Vaccine operations Central Provinces 1886-1899 - 1886-1899
Year: 1886
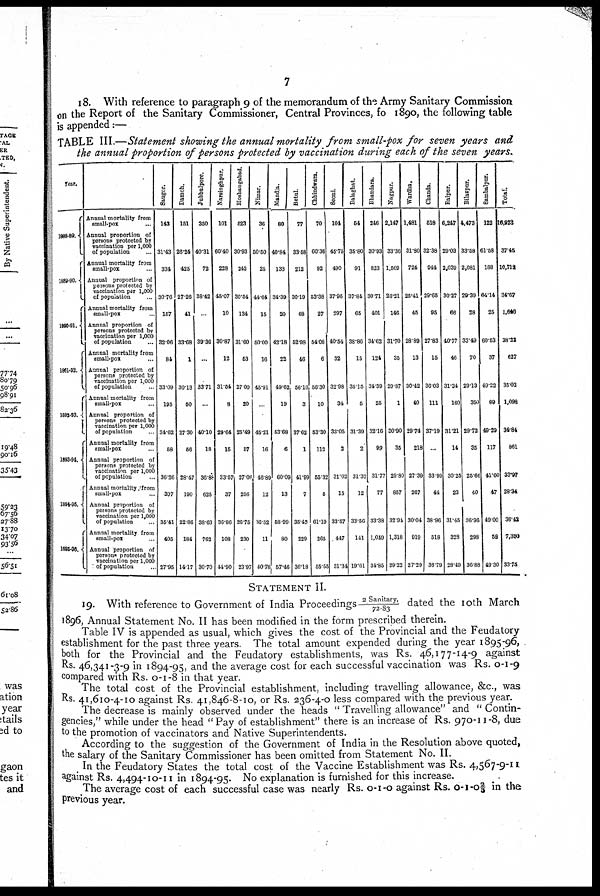
7
18. With reference to paragraph 9 of the memorandum of the Army Sanitary Commission
on the Report of the Sanitary Commissioner, Central Provinces, fo 1890, the following table
is appended:—
TABLE III.—Statement showing the annual mortality from small-pox for seven years and
the annual proportion of persons protected by vaccination during each of the seven years.
Year.
1888-89.
1889-90.
1890-91.
1891-92.
1891-93.
1893-94.
1894-95.
1895-96.
Annual mortality from
small-pox ...
Annual proportion of
persons protected by
vaccination per 1,000
of population ...
Annual mortality from
small-pox ...
Annual proportion of
persons protected by
vaccination par 1,000
of population ...
Annual mortality from
small-pox ...
Annual proportion of
persons protected by
vaccination per 1,000
of population ...
Annual mortality from
small-pox ...
Annual proportion of
persons protected by
vaccination per 1,000
of population ...
Annual mortality from
small-pox ...
Annual proportion of
persons protected by
vaccination per 1,000
of population ...
Annual mortality from
small-pox ...
Annual proportion of
persons protected by
vaccination per 1,000
of population ...
Annual mortality from
small-pox ...
Annual proportion of
persons protected by
vaccination per 1,000
of population ...
Annual mortality from
small-pox ...
Annual proportion of
persons protected by
vaccination per 1,000
of population ...
Sangor.
143
31.43
334
30.76
157
32.06
84
33.09
195
34.62
58
36.26
307
35.41
405
27.95
Damoh.
151
26.24
425
27.26
41
33.68
1
30.13
50
27.30
56
28.17
190
22.86
184
14.17
Jubbulpore.
350
40.31
72
38.42
...
39.36
...
33.71
...
40.10
18
30.88
625
38.63
762
30.70
Narsinghpur.
101
60.40
228
45.07
10
30.87
12
31.54
8
29.64
15
33.57
37
36.86
108
44.90
Hoshangabad.
523
30.93
242
30.54
134
31.60
53
27.00
20
25.49
57
27.06
256
26.75
230
23.97
Nimar.
36
50.50
25
44.64
15
50.00
16
45.91
...
45.21
16
46.89
12
36.52
11
40.78
Mandla.
80
40.84
133
34.39
20
42.18
22
49.62
19
53.68
6
60.09
13
58.99
80
57.46
Betul.
77
33.58
212
30.19
68
52.98
46
56.16
3
37.62
1
41.99
7
35.42
229
36.18
Chhindwara.
70
60.36
92
53.38
27
54.08
6
56.30
10
53.30
112
55.32
5
61.19
265
55.55
Seoni.
104
45.75
490
37.95
297
40.54
32
32.98
34
33.05
2
31.02
15
33.57
447
31.34
Balaghat.
54
35.80
91
37.84
65
38.86
15
35.15
5
31.39
2
31.32
12
33.56
141
19.61
Bhandara.
246
30.93
823
30.71
401
34.62
124
34.39
25
32.16
99
31.77
77
33.38
1,049
34.85
Nagpur.
2,147
33.36
1,569
26.21
146
31.70
35
29.87
1
30.90
35
29.80
857
32.94
1,318
29.22
Wardha.
1,481
31.80
724
25.41
45
28.89
13
30.42
40
29.74
218
27.39
267
30.04
919
27.29
Chanda.
518
32.38
944
29.65
95
27.83
15
36.03
111
37.19
...
33.99
44
38.96
518
36.79
Raipur.
6,247
29.03
2,039
30.27
66
40.77
46
31.34
160
31.21
14
30.25
23
31.45
328
28.49
Bilaspur.
4,473
33.58
2,081
29.39
28
33.49
70
29.13
350
29.72
35
25.66
40
36.96
298
36.88
Sambalpur.
122
61.58
188
64.14
25
60.53
37
49.22
89
49.29
117
41.60
47
49.00
58
49.30
Total.
16,923
37.45
10,712
34.67
1,640
38.22
627
35.03
1,098
34.84
861
33.97
28.34
36.42
7,350
33.75
STATEMENT II.
19. With reference to Government of India Proceedings 2 sanitary, /72-83 dated the 10 th March
1896, Annual Statement No. II has been modified in the form prescribed therein.
Table IV is appended as usual, which gives the cost of the Provincial and the Feudatory
establishment for the past three years. The total amount expended during the year 1895-96,
both for the Provincial and the Feudatory establishments, was Rs. 46,177-14-9 against
Rs. 46,341-3-9 in 1894-95, and the average cost for each successful vaccination was Rs. 0-1-9
compared with Rs. 0-1-8 in that year.
The total cost of the Provincial establishment, including travelling allowance, &c., was
Rs. 41,610-4-10 against Rs. 41,846-8-10, or Rs. 236-4-0 less compared with the previous year.
The decrease is mainly observed under the heads " Travelling allowance" and " Contin-
gencies," while under the head " Pay of establishment" there is an increase of Rs. 970-11-8, due
to the promotion of vaccinators and Native Superintendents.
According to the suggestion of the Government of India in the Resolution above quoted,
the salary of the Sanitary Commissioner has been omitted from Statement No. II.
In the Feudatory States the total cost of the Vaccine Establishment was Rs. 4,567-9-11
against Rs. 4,494-10-11 in 1894-95. No explanation is furnished for this increase.
The average cost of each successful case was nearly Rs. 0-1-0 against Rs. 0-1-0 2/3 in the
previous year.